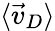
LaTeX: \langle\vec{v}_{D}\rangle